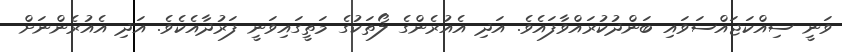
ވަނީ ސިއްކަޖައްސަވައި ބަންދުކުރައްވާފައެވެ. އަދި އެއުރެންގެ ލޯތަކުގެ މަތީގައިވަނީ ފަރުދާއެކެވެ. އަދި އެއުރެންނަށް